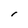
Character: I